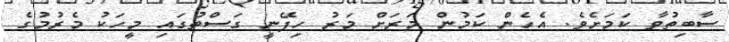
ސާބިތުވާ ކަމަށެވެ. އެެހެން ކަމުން މަރަށް މަރު ހިފޭނީ ގަސްތުގައި މީހަކު މެރުމުގެ